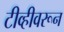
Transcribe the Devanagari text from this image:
टीव्हीवरून